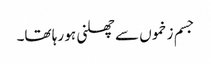
جسم زخموں سے چھلنی ہو رہا تھا۔